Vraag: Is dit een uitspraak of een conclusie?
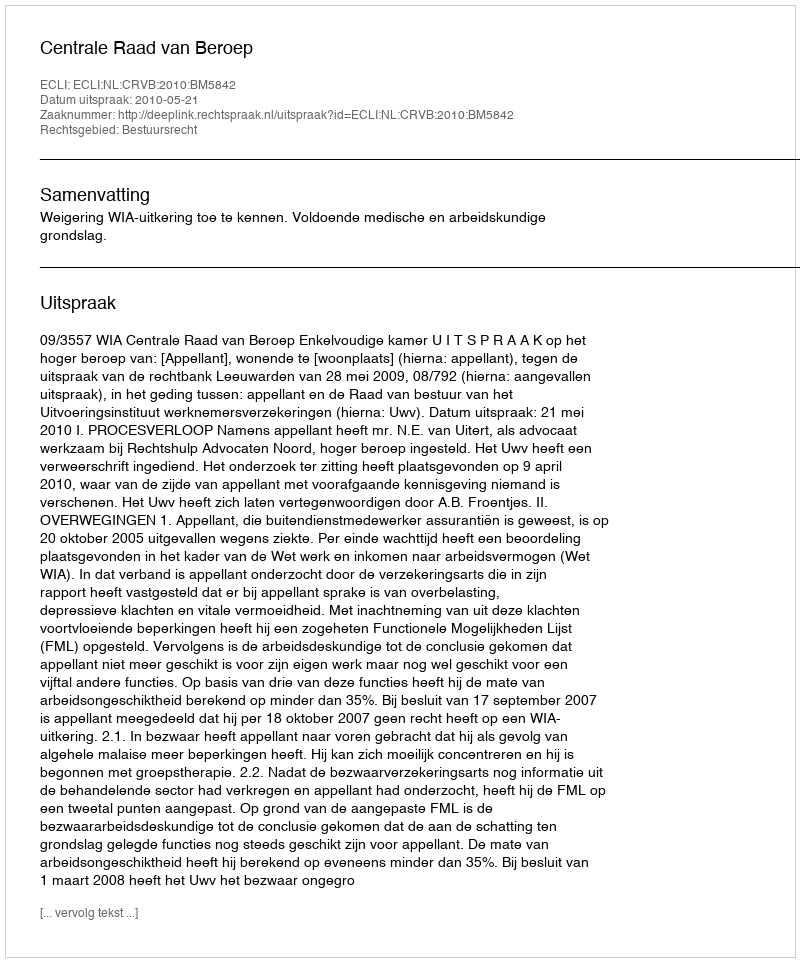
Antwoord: Uitspraak